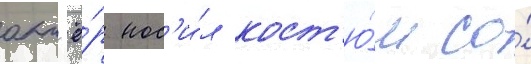
акт'ё́р нос'и́л кост'ю́м со́